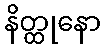
နိတ္ထုနော